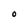
Character: O